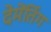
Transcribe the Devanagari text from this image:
देमेंतिंग